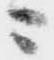
ニ